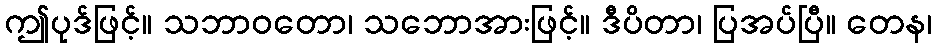
ဤပုဒ်ဖြင့်။ သဘာဝတော၊ သဘောအားဖြင့်။ ဒီပိတာ၊ ပြအပ်ပြီ။ တေန၊